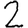
Digit: 2